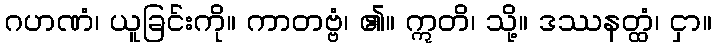
ဂဟဏံ၊ ယူခြင်းကို။ ကာတဗ္ဗံ၊ ၏။ ဣတိ၊ သို့။ ဒဿနတ္ထံ၊ ငှာ။